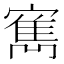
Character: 寯